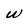
Character: w